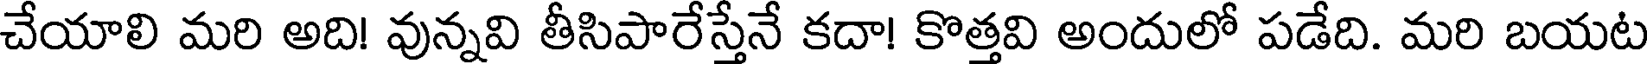
చేయాలి మరి అది! వున్నవి తీసిపారేస్తేనే కదా! కొత్తవి అందులో పడేది. మరి బయట